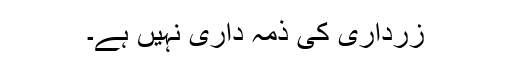
زرداری کی ذمہ داری نہیں ہے۔